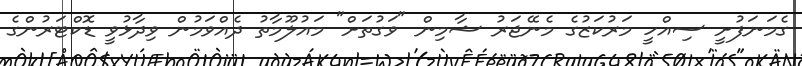
ގެމަނަފުށީ ސިއްހީ މަރުކަޒުގެ މެނޭޖަރު ޝާމިން "ވަގުތަށް" މައުލޫމާތު ދެއްވަމުން ވިދާޅުވީ ޑޮކްޓަރުންގެ